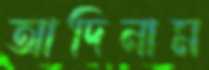
আদিনাম